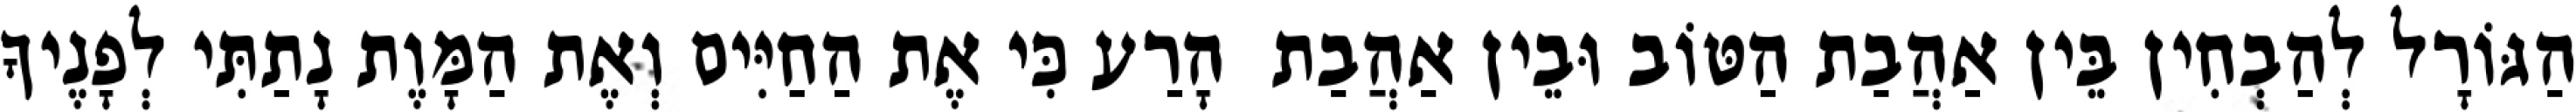
הַגּוֹרָל לְהַבְחִין בֵּין אַהֲבַת הַטּוֹב וּבֵין אַהֲבַת  הָרַע כִּי אֶת הַחַיִּים וְאֶת הַמָּוֶת נָתַתִּי לְפָנֶיךָ